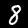
Label: 8